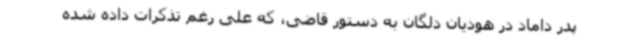
پدر داماد در هودیان دلگان به دستور قاضی، که علی رغم تذکرات داده شده